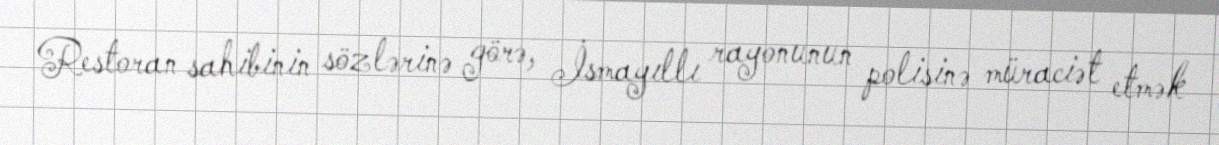
Restoran sahibinin sözlərinə görə, İsmayıllı rayonunun polisinə müraciət etmək